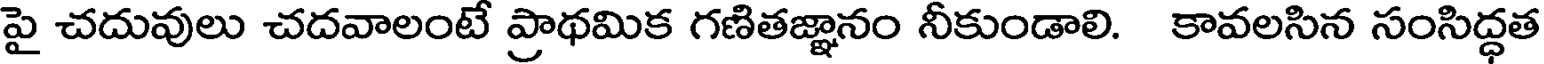
పై చదువులు చదవాలంటే ప్రాథమిక గణితజ్ఞానం నీకుండాలి. కావలసిన సంసిద్ధత